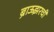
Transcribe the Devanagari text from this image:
ब्राऊझरची